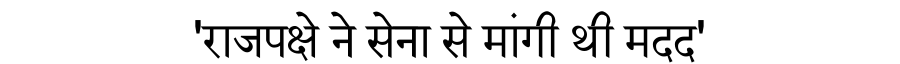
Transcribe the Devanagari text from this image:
'राजपक्षे ने सेना से मांगी थी मदद'